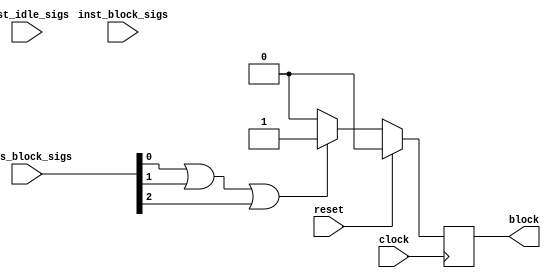
// Copyright (C) 2022, Advanced Micro Devices, Inc. All rights reserved.
// SPDX-License-Identifier: MIT

`timescale 1 ns / 1 ps

module add_sub_hls_deadlock_idx0_monitor ( // for module add_sub_add_sub_inst
    input wire clock,
    input wire reset,
    input wire [2:0] axis_block_sigs,
    input wire [0:0] inst_idle_sigs,
    input wire [0:0] inst_block_sigs,
    output wire block
);

// signal declare
reg monitor_find_block;
wire sub_parallel_block;
wire all_sub_parallel_has_block;
wire all_sub_single_has_block;
wire cur_axis_has_block;
wire seq_is_axis_block;

assign block = monitor_find_block;
assign all_sub_parallel_has_block = 1'b0;
assign all_sub_single_has_block = 1'b0;
assign cur_axis_has_block = 1'b0 | axis_block_sigs[0] | axis_block_sigs[1] | axis_block_sigs[2];
assign seq_is_axis_block = all_sub_parallel_has_block | all_sub_single_has_block | cur_axis_has_block;

always @(posedge clock) begin
    if (reset == 1'b1)
        monitor_find_block <= 1'b0;
    else if (seq_is_axis_block == 1'b1)
        monitor_find_block <= 1'b1;
    else
        monitor_find_block <= 1'b0;
end


// instant sub module
endmodule